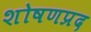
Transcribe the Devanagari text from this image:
शोषणप्रद